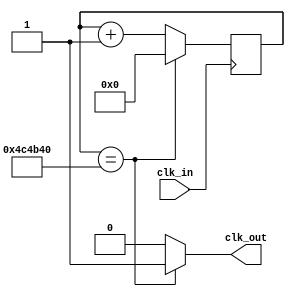
`timescale 1ns / 1ps
//////////////////////////////////////////////////////////////////////////////////
// Company: 
// Engineer: 
// 
// Design Name: 
// Module Name: divide_G_jump
// Project Name: 
// Target Devices: 
// Tool Versions: 
// Description: 
// 
// Dependencies: 
// 
// Revision:
// Revision 0.01 - File Created
// Additional Comments:
// 
//////////////////////////////////////////////////////////////////////////////////


module divide_G_jump(
    input clk_in,
    output clk_out
    );
    reg elapsed;
    reg [27:0] state;
    
    always @(posedge clk_in)
        if (state == 5000000) state <= 0;
        else state <= state + 1;
    always @(state)
        if (state == 5000000) elapsed <= 1;
        else elapsed <= 0;
        
    assign clk_out = elapsed;
    
endmodule